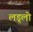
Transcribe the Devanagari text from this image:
लड्लो